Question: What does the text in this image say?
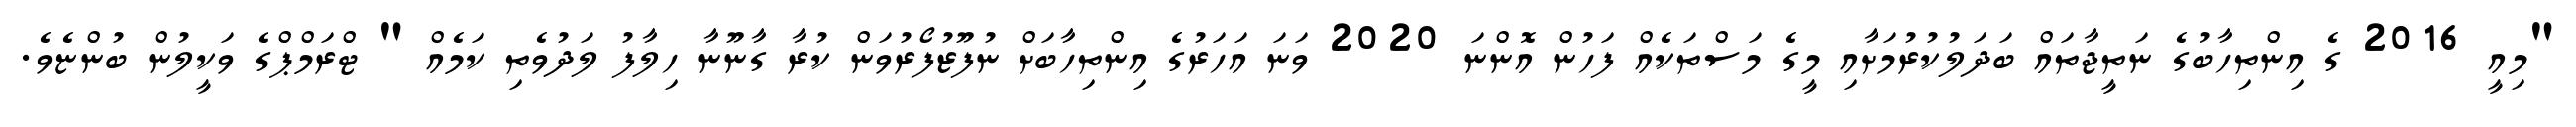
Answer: "މިއީ 2016 ގެ އިންތިހާބުގެ ނަތީޖާތައް ބަދަލުކުރުމަށާއި މީގެ މަސްތަކެއް ފަހުން އޮންނަ 2020 ވަނަ އަހަރުގެ އިންތިހާބަށް ނުފޫޒުފޯރުވަން ކުރާ ގާނޫނާ ހިލާފު ލަދުވެތި ކަމެއް " ޓްރަމްޕްގެ ވަކީލުން ބުންޏެވެ.